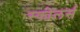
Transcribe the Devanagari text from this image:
स्कोलर्स